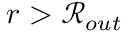
r > \mathcal { R } _ { o u t }